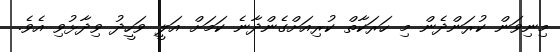
މިނިވަން ކުރަންދެން މި ހަރަކާތް ކުރިއަށްގެންދާނެ ކަމަށް އަލީ ވަހީދު ވިދާޅުވި އެވެ.